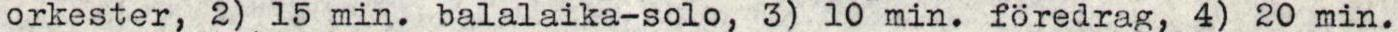
orkester, 2) 15 min. balalaika-solo, 3) 10 min. föredrag, 4) 20 min.